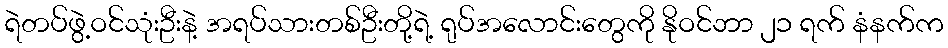
ရဲတပ်ဖွဲ့ဝင်သုံးဦးနဲ့ အရပ်သားတစ်ဦးတို့ရဲ့ ရုပ်အလောင်းတွေကို နိုဝင်ဘာ ၂၁ ရက် နံနက်က